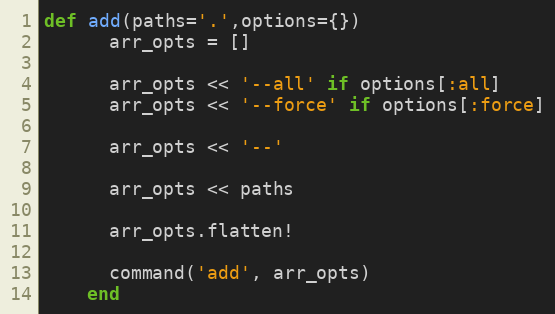
Language: Ruby
def add(paths='.',options={})
      arr_opts = []

      arr_opts << '--all' if options[:all]
      arr_opts << '--force' if options[:force]

      arr_opts << '--'

      arr_opts << paths

      arr_opts.flatten!

      command('add', arr_opts)
    end